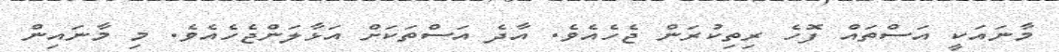
މާނައަކީ އަސްތައް ފޮހެ ރިތިކުރަން ޖެހެއެވެ. އާދެ އަސްތަކަށް އަޅާލަންޖެހެއެވެ. މި މާނައިން